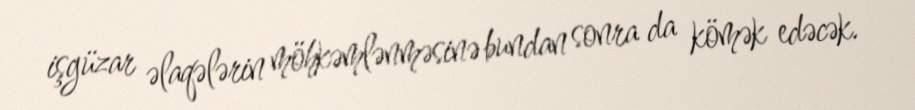
işgüzar əlaqələrin möhkəmlənməsinə bundan sonra da kömək edəcək.